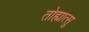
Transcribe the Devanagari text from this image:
तोह्मात्सु